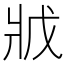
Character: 𭷂